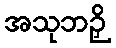
အသုဘဉှိ